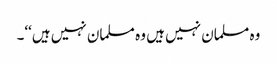
وہ مسلمان نہیں ہیں وہ مسلمان نہیں ہیں‘‘۔